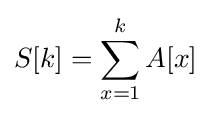
S[k]=\sum _{x=1}^{k}A[x]